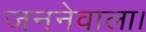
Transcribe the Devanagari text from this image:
जननेवाला।